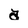
Character: a